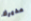
مديرك